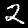
Digit: 2